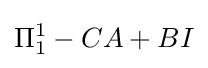
\Pi _{1}^{1}-CA+BI